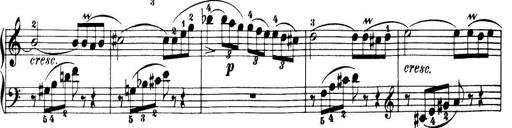
Title: 32 Sonatinas and Rondos for the Piano
Composer: Richard Kleinmichel